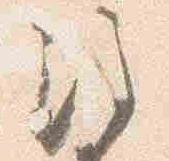
注